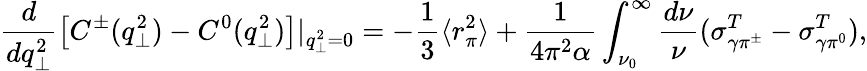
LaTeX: \frac{d}{dq_{\perp}^{2}}\left[C^{\pm}(q_{\perp}^{2})-C^{0}(q_{\perp}^{2})\right]|_{q_{\perp}^{2}=0}=-\frac{1}{3}\langle r_{\pi}^{2}\rangle+\frac{1}{4\pi^{2}\alpha}\int_{\nu_{0}}^{\infty}\frac{d\nu}{\nu}(\sigma_{\gamma\pi^{\pm}}^{T}-\sigma_{\gamma\pi^{0}}^{T}),